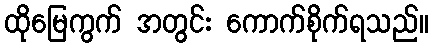
ထိုမြေကွက် အတွင်း ကောက်စိုက်ရသည်။